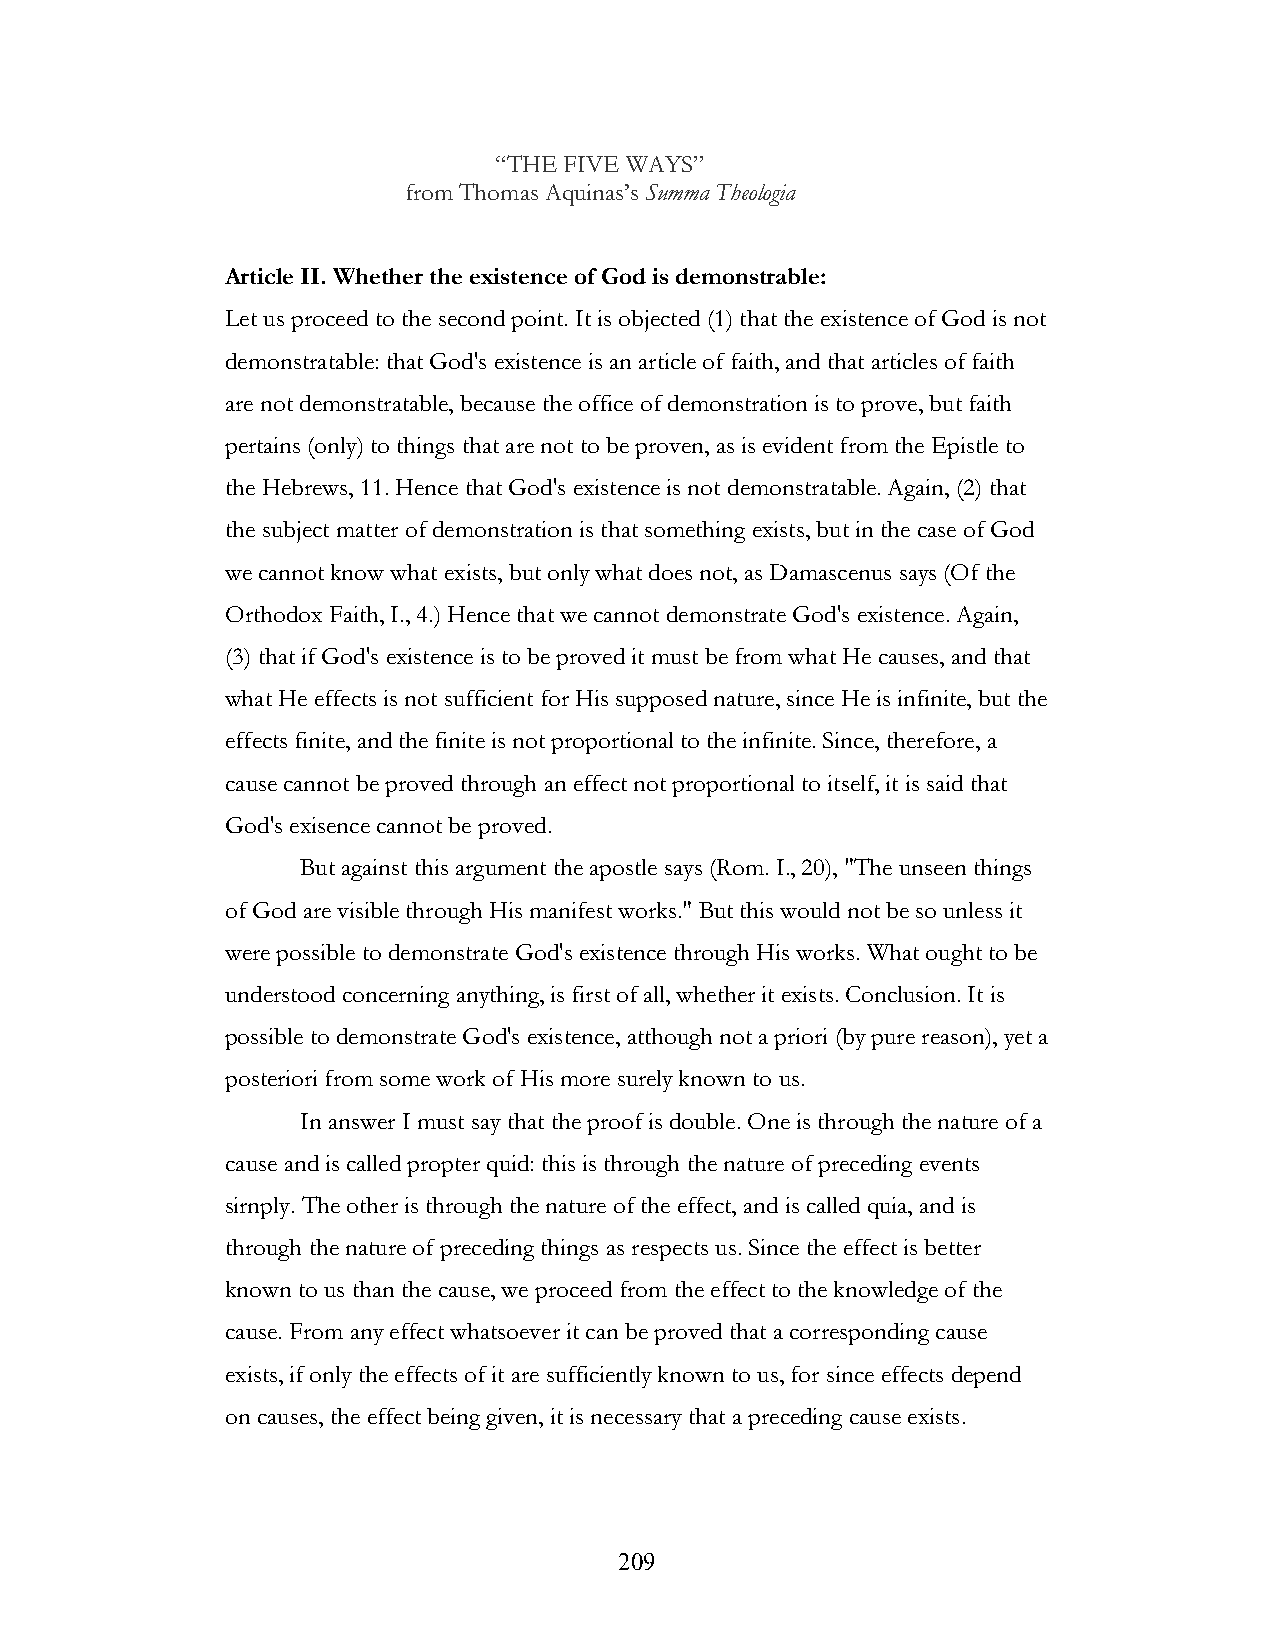
“THE FIVE WAYS”
 from Thomas Aquinas’s Summa Theologia
 Article II. Whether the existence of God is demonstrable:
 Let us proceed to the second point. It is objected (1) that the existence of God is not
 demonstratable: that God's existence is an article of faith, and that articles of faith
 are not demonstratable, because the office of demonstration is to prove, but faith
 pertains (only) to things that are not to be proven, as is evident from the Epistle to
 the Hebrews, 11. Hence that God's existence is not demonstratable. Again, (2) that
 the subject matter of demonstration is that something exists, but in the case of God
 we cannot know what exists, but only what does not, as Damascenus says (Of the
 Orthodox Faith, I., 4.) Hence that we cannot demonstrate God's existence. Again,
 (3) that if God's existence is to be proved it must be from what He causes, and that
 what He effects is not sufficient for His supposed nature, since He is infinite, but the
 effects finite, and the finite is not proportional to the infinite. Since, therefore, a
 cause cannot be proved through an effect not proportional to itself, it is said that
 God's exisence cannot be proved.
 But against this argument the apostle says (Rom. I., 20), "The unseen things
 of God are visible through His manifest works." But this would not be so unless it
 were possible to demonstrate God's existence through His works. What ought to be
 understood concerning anything, is first of all, whether it exists. Conclusion. It is
 possible to demonstrate God's existence, atthough not a priori (by pure reason), yet a
 posteriori from some work of His more surely known to us.
 In answer I must say that the proof is double. One is through the nature of a
 cause and is called propter quid: this is through the nature of preceding events
 sirnply. The other is through the nature of the effect, and is called quia, and is
 through the nature of preceding things as respects us. Since the effect is better
 known to us than the cause, we proceed from the effect to the knowledge of the
 cause. From any effect whatsoever it can be proved that a corresponding cause
 exists, if only the effects of it are sufficiently known to us, for since effects depend
 on causes, the effect being given, it is necessary that a preceding cause exists.
 !                         209